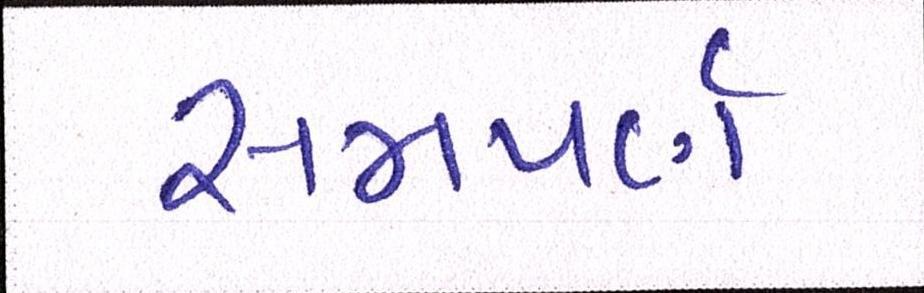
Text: સમપર્ણ